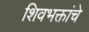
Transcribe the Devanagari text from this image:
शिवभक्तांचे